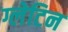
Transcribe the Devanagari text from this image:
ग्लेटिन